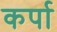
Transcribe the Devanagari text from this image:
कर्पा